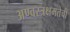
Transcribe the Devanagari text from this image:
अण्वस्त्रक्षमतेची